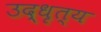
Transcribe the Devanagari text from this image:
उद्धृत्य